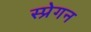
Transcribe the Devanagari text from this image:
स्प्रेगन